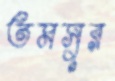
তমসুর